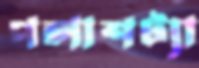
পলাশট্যা